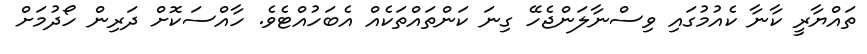
ތައްޔާރީ ކާނާ ކެއުމުގައި ވިސްނާލަންޖެހޭ ގިނަ ކަންތައްތަކެއް އެބަހުއްޓެވެ. ހާއްސަކޮށް ދަރިން ހޯދުމަށް